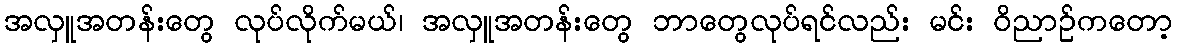
အလှူအတန်းတွေ လုပ်လိုက်မယ်၊ အလှူအတန်းတွေ ဘာတွေလုပ်ရင်လည်း မင်း ဝိညာဉ်ကတော့